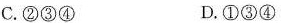
C.②③④ D.①③④